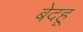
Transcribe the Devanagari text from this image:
बेदहू